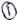
Text: 1